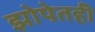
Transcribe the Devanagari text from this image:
झोपेतही